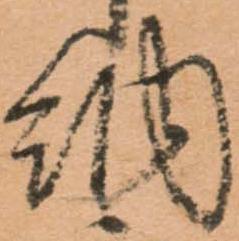
納